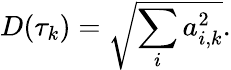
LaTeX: D(\tau_{k})=\sqrt{\sum_{i}a_{i,k}^{2}}.